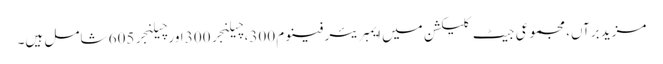
مزید برآں، مجموعی جیٹ کلیکشن میں ایمبریئر فینوم 300، چیلنجر 300 اور چیلنجر 605 شامل ہیں۔